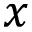
\boldsymbol { x }